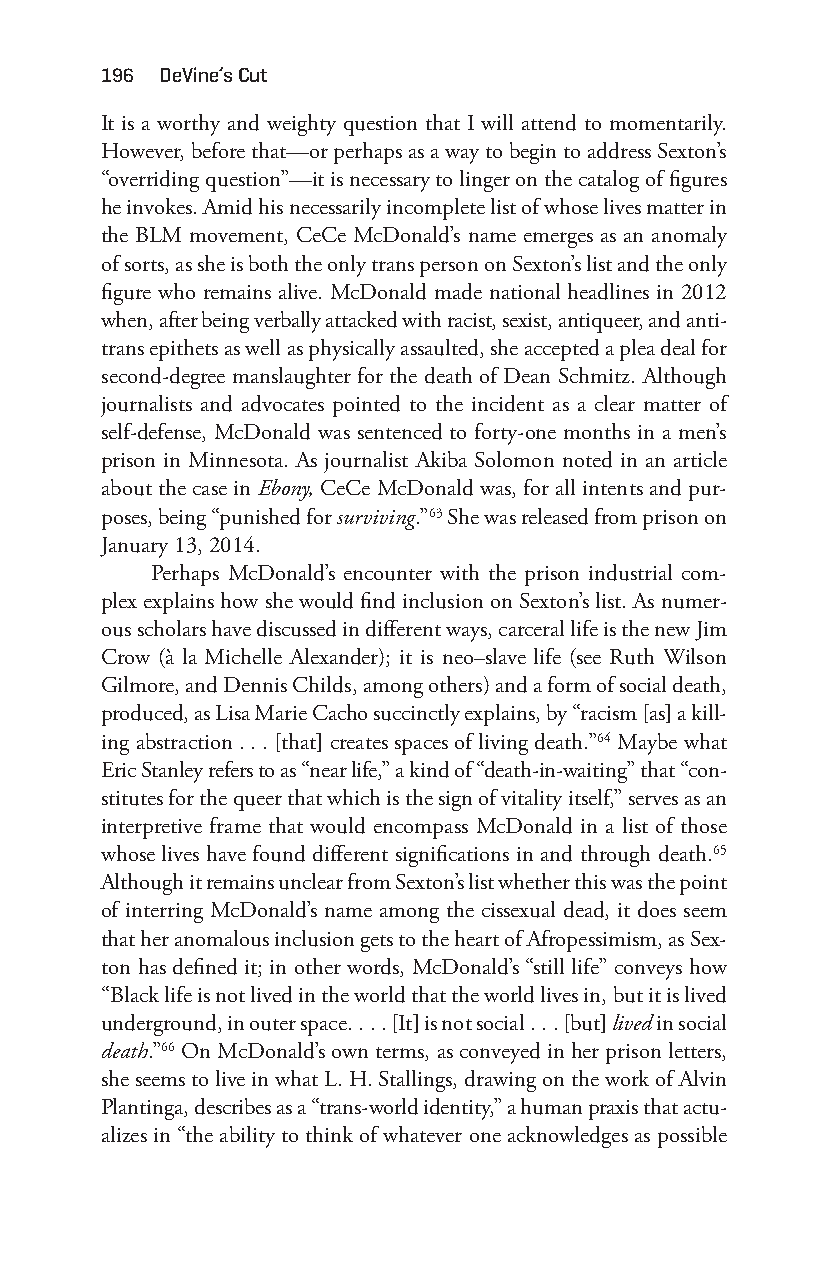
196 deVine’s cut
 It is a worthy and weighty question that I will attend to momentarily.
 However, before that— or perhaps as a way to begin to address Sexton’s
 “overriding question”— it is necessary to linger on the catalog of figures
 he invokes. Amid his necessarily incomplete list of whose lives matter in
 the BLM movement, CeCe McDonald’s name emerges as an anomaly
 of sorts, as she is both the only trans person on Sexton’s list and the only
 figure who remains alive. McDonald made national headlines in 2012
 when, after being verbally attacked with racist, sexist, antiqueer, and anti-
 trans epithets as well as physically assaulted, she accepted a plea deal for
 second- degree manslaughter for the death of Dean Schmitz. Although
 journalists and advocates pointed to the incident as a clear matter of
 self- defense, McDonald was sentenced to forty- one months in a men’s
 prison in Minnesota. As journalist Akiba Solomon noted in an article
 about the case in Ebony, CeCe McDonald was, for all intents and pur-
 poses, being “punished for surviving.”63 She was released from prison on
 January 13, 2014.
 Perhaps McDonald’s encounter with the prison industrial com-
 plex explains how she would find inclusion on Sexton’s list. As numer-
 ous scholars have discussed in different ways, carceral life is the new Jim
 Crow (à la Michelle Alexander); it is neo– slave life (see Ruth Wilson
 Gilmore, and Dennis Childs, among others) and a form of social death,
 produced, as Lisa Marie Cacho succinctly explains, by “racism [as] a kill-
 ing abstraction . . . [that] creates spaces of living death.”64 Maybe what
 Eric Stanley refers to as “near life,” a kind of “death-i n- waiting” that “con-
 stitutes for the queer that which is the sign of vitality itself,” serves as an
 interpretive frame that would encompass McDonald in a list of those
 whose lives have found different significations in and through death.65
 Although it remains unclear from Sexton’s list whether this was the point
 of interring McDonald’s name among the cissexual dead, it does seem
 that her anomalous inclusion gets to the heart of Afropessimism, as Sex-
 ton has defined it; in other words, McDonald’s “still life” conveys how
 “Black life is not lived in the world that the world lives in, but it is lived
 underground, in outer space. . . . [It] is not social . . . [but] lived in social
 death.”66 On McDonald’s own terms, as conveyed in her prison letters,
 she seems to live in what L. H. Stallings, drawing on the work of Alvin
 Plantinga, describes as a “trans- world identity,” a human praxis that actu-
 alizes in “the ability to think of whatever one acknowledges as possible
 Snorton.indd 196                            29/09/2017 8:41:10 AM